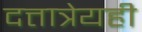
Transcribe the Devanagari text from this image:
दत्तात्रेयही